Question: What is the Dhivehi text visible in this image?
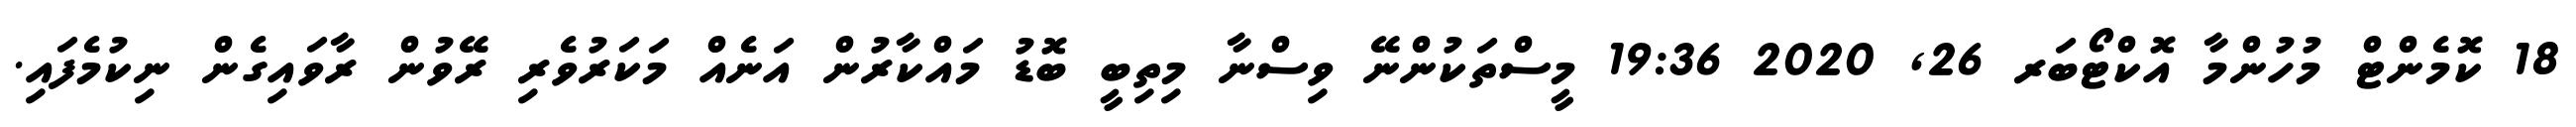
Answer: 18 ކޮމެންޓް މުހުންމާ އޮކްޓޯބަރ 26, 2020 19:36 މީސްތަކުންނޭ ވިސްނާ މިތިބީ ބޮޑު މައްކާރުން އަނެއް މަކަރުވެރި ރޭވުން ރާވައިގެން ނިކުމެފައި.